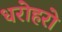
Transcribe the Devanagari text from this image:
धरोहरो